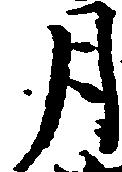
月